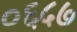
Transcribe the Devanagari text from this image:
०६५७